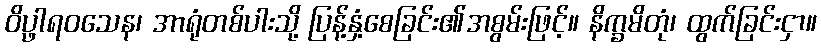
ဝိပ္ဖာရဝသေန၊ အာရုံတစ်ပါးသို့ ပြန့်နှံ့စေခြင်း၏အစွမ်းဖြင့်။ နိက္ခမိတုံ၊ ထွက်ခြင်းငှာ။